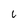
Character: u